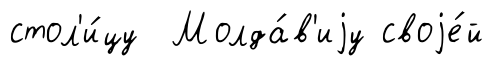
стол'и́цу Молда́в'иjу своjе́й